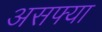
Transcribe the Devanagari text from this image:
असफ्या